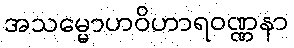
အသမ္မောဟဝိဟာရဝဏ္ဏနာ